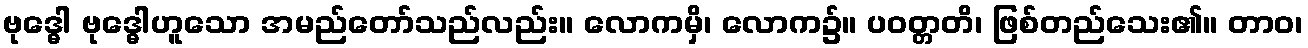
ဗုဒ္ဓေါ ဗုဒ္ဓေါဟူသော အမည်တော်သည်လည်း။ လောကမှိ၊ လောက၌။ ပဝတ္တတိ၊ ဖြစ်တည်သေး၏။ တာဝ၊